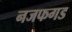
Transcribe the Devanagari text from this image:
नजफगड